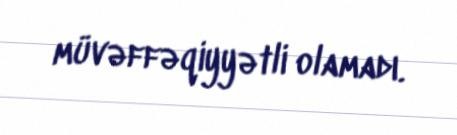
müvəffəqiyyətli olamadı.